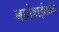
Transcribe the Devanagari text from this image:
नातेवाईकांचे